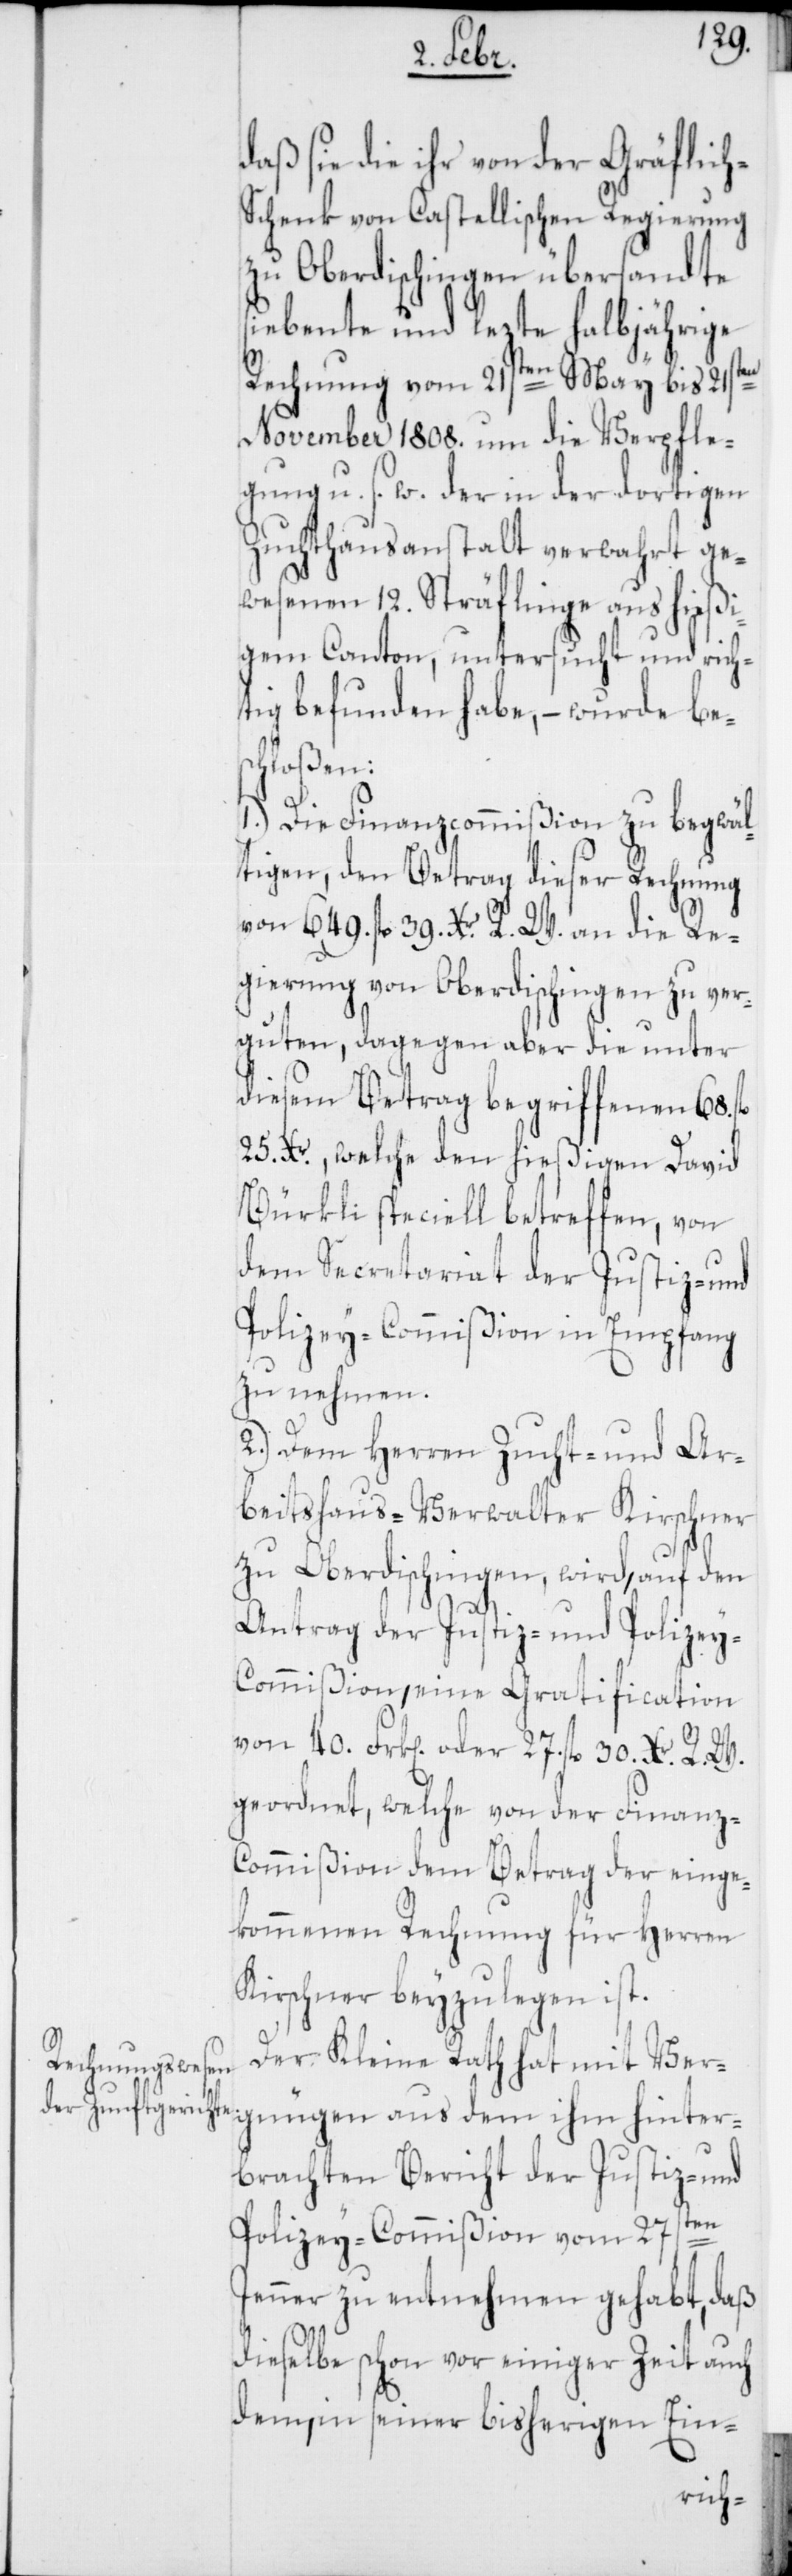
daß sie die ihr von der Gräflic¬
h-Schenk von Castellischen Regierung
zu Oberdischingen übersandte
siebente und lezte halbjährige
Rechnung vom 21sten May bis 21sten
November 1808. um die Verpfle¬
gung u. s. w. der in der dortigen
Zuchthausanstalt verwahrt ge¬
wesenen 12. Sträflinge aus hießi¬
gem Canton, untersucht und rich¬
tig befunden habe, – wurde bes¬
chloßen:
1.) Die Finanzcommißion zu begwäl¬
tigen, den Betrag dieser Rechnung
von 649. fl. 39. Xr. R. W. an die Re¬
gierung von Oberdischingen zu ver¬
guten, dagegen aber die unter
diesem Betrag begriffenen 68. fl.
25. Xr., welche den hießigen David
Bürkli speciell betreffen, von
dem Secretariat der Justiz- und
Polizey-Commißion in Empfang
zu nehmen.
2.) Dem Herren Zucht- und Ar¬
beitshaus-Verwalter Kirschner
zu Oberdischingen, wird, auf den
Antrag der Justiz- und Polizey-C¬
ommißion, eine Gratification
von 40. Frk[en]. oder 27. fl. 30. Xr. R. W.
geordnet, welche von der Finanz¬
commißion dem Betrag der einge¬
kommenen Rechnung für Herren
Kirschner beyzulegen ist.
Der Kleine Rath hat mit Ver¬
gnügen aus dem ihm hinter¬
brachten Bericht der Justiz- und
Polizey-Commißion vom 27sten
Jenner zu entnehmen gehabt, daß
dieselbe schon vor einiger Zeit auch
dem, in seiner bisherigen Ein-